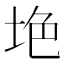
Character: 𱖥